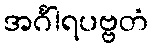
အင်္ဂါရပဗ္ဗတံ